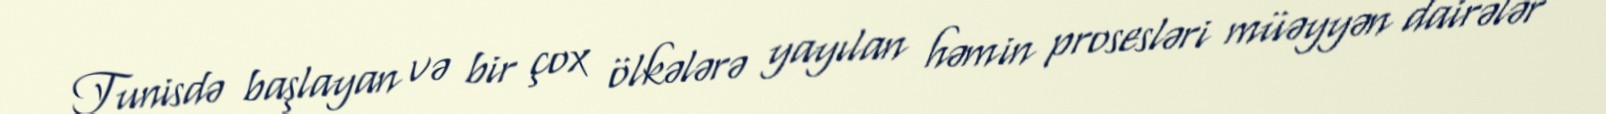
Tunisdə başlayan və bir çox ölkələrə yayılan həmin prosesləri müəyyən dairələr